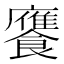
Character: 𮩕